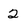
Character: 2